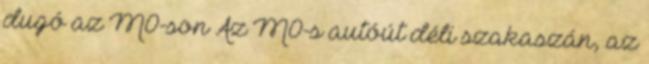
dugó az M0-son Az M0-s autóút déli szakaszán, az